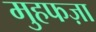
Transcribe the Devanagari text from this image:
मुहफज़ा